Annual report on the Civil Veterinary Department, Burma (including the Insein Veterinary School) - 1923-1931
Year: 1923
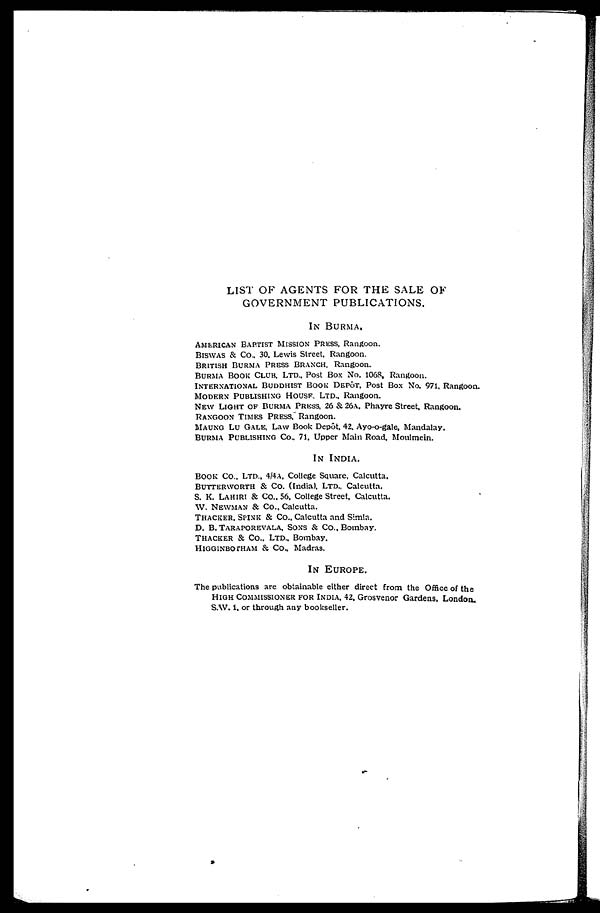
LIST OF AGENTS FOR THE SALE OF
GOVERNMENT PUBLICATIONS.
IN BURMA.
AMERICAN BAPTIST MISSION PRESS, Rangoon.
BISWAS & CO., 30, Lewis Street. Rangoon.
BRITISH BURMA PRESS BRANCH, Rangoon.
BURMA BOOK CLUB, LTD., Post Box No. 1068, Rangoon.
INTERNATIONAL BUDDHIST BOOK DEPOT, Post Box No. 971. Rangoon.
MODERN PUBLISHING HOUSE, LTD., Rangoon.
NEW LIGHT OF BURMA PRESS, 26 & 26A. Phayre Street. Rangoon.
RANGOON TIMES PRESS, Rangoon.
MAUNG LU GALE, Law Book Depôt 42. Ayo-o-gale, Mandalay.
BURMA PUBLISHING Co., 71, Upper Main Road, Moulmein.
IN INDIA.
BOOK CO.. LTD., 4/4A, College Square, Calcutta.
BUTTERWORTH & Co. (India), LTD.. Calcutta.
S. K. LAHIRI & Co., 56, College Street. Calcutta.
W. NEWMAN & Co., Calcutta.
THACKER, SPINK & Co., Calcutta and Simla.
D. B. TARAPOREVALA, SONS & Co., Bombay.
THACKER & Co., LTD., Bombay.
HIGGINBOTHAM & Co., Madras.
IN EUROPE.
The publications are obtainable either direct from the Office of the
HIGH COMMISSIONER FOR INDIA. 42. Grosvenor Gardens. London,
S.W. 1, or through any bookseller.